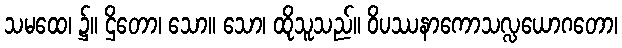
သမထေ၊ ၌။ ဌိတော၊ သော။ သော၊ ထိုသူသည်။ ဝိပဿနာကောသလ္လယောဂတော၊